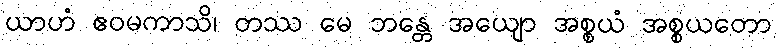
ယာဟံ ဧဝမကာသိ၊ တဿ မေ ဘန္တေ အယျော အစ္စယံ အစ္စယတော